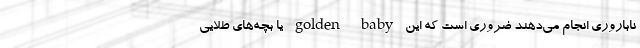
ناباروری انجام می‌دهند ضروری است که این golden baby یا بچه‌های طلایی